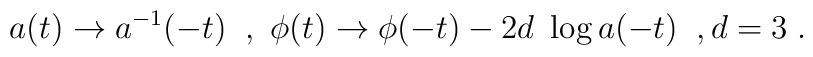
a(t) \rightarrow a^{-1}(-t) \;\; ,~ \phi(t) \rightarrow \phi(-t) - 2 d ~ \log a(-t) \;\;,d=3 \; .